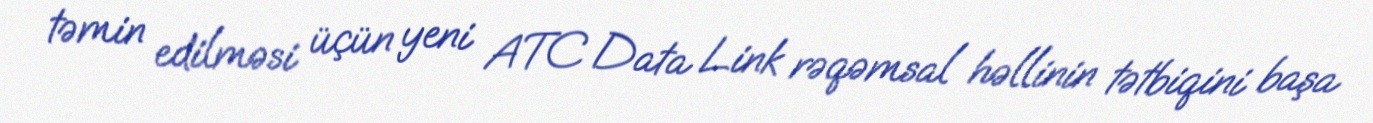
təmin edilməsi üçün yeni ATC Data Link rəqəmsal həllinin tətbiqini başa